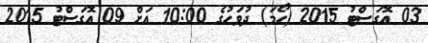
03 އޮގަސްޓު 2015 (ހޯމަ) ދުވަހުގެ 10:00 އަށް 09 އޮގަސްޓު 2015